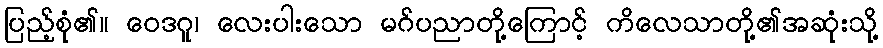
ပြည့်စုံ၏။ ဝေဒဂူ၊ လေးပါးသော မဂ်ပညာတို့ကြောင့် ကိလေသာတို့၏အဆုံးသို့